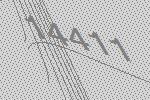
14411